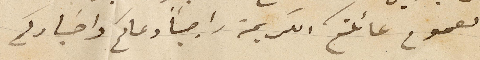
لعموم عائلتكم الكريمة راجياً دعاكم واخباركم